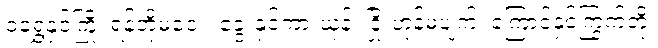
ဝံရွှေနှင့်ကြို့၊ ရန်ဘို့မဝေး၊ ခွေးနှင့်ကားယုန်၊ ငြိုးဟုန်မပျက်၊ ကြောင်နှင့်ကြွက်တို့၊